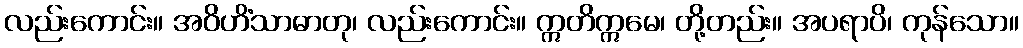
လည်းကောင်း။ အဝိဟိံသာဓာတု၊ လည်းကောင်း။ ဣတိဣမေ၊ တို့တည်း။ အပရာပိ၊ ကုန်သော။